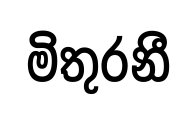
මිතුරනී